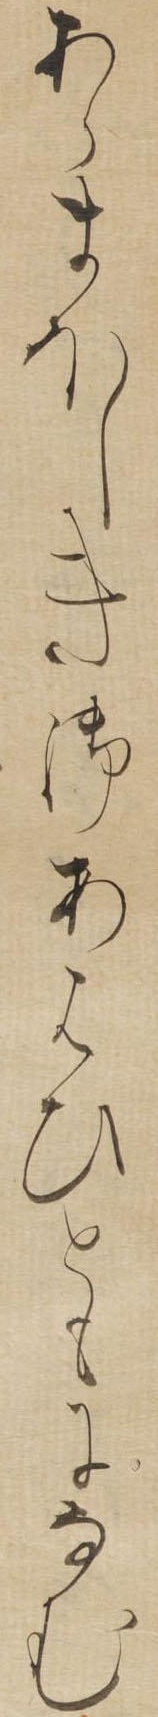
あらまほしき御あはひともになむ